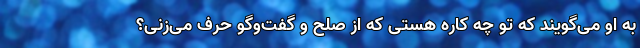
به او می‌گویند که تو چه کاره هستی که از صلح و گفت‌وگو حرف می‌زنی؟